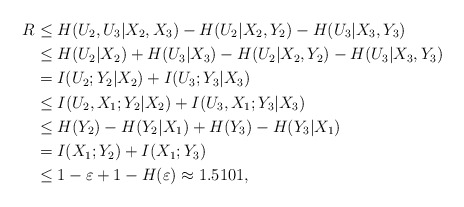
\begin{align*}R&\le H(U_{2},U_3|X_{2},X_3)-H(U_2|X_2,Y_2)-H(U_3|X_3,Y_3)\\&\le H(U_2|X_2)+H(U_3|X_3)-H(U_2|X_2,Y_2)-H(U_3|X_3,Y_3)\\&=I(U_2;Y_2|X_2)+I(U_3;Y_3|X_3)\\&\le I(U_2,X_1;Y_2|X_2)+I(U_3,X_1;Y_3|X_3)\\&\le H(Y_2)-H(Y_2|X_1)+H(Y_3)-H(Y_3|X_1)\\&=I(X_1;Y_2)+I(X_1;Y_3)\\&\le 1-\varepsilon+1-H(\varepsilon)\approx 1.5101,\end{align*}